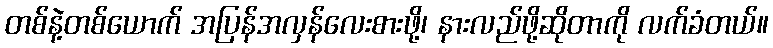
တစ်နဲ့တစ်ယောက် အပြန်အလှန်လေးစားဖို့၊ နားလည်ဖို့ဆိုတာကို လက်ခံတယ်။